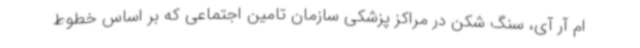
ام آر آی، سنگ شکن در مراکز پزشکی سازمان تامین اجتماعی که بر اساس خطوط